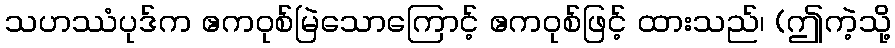
သဟဿံပုဒ်က ဧကဝုစ်မြဲသောကြောင့် ဧကဝုစ်ဖြင့် ထားသည်၊ (ဤကဲ့သို့